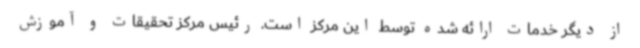
از دیگر خدمات ارائه شده توسط این مرکز است. رئیس مرکز تحقیقات و آموزش